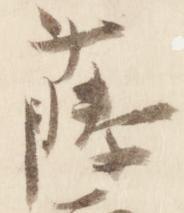
藤